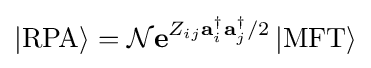
\left|\mathrm {RPA} \right\rangle ={\mathcal {N}}\mathbf {e} ^{Z_{ij}\mathbf {a} _{i}^{\dagger }\mathbf {a} _{j}^{\dagger }/2}\left|\mathrm {MFT} \right\rangle